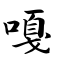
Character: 嘎